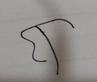
Signature authenticity: forged